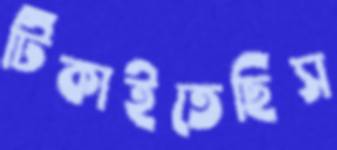
টিকাইতেছিস